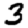
Digit: 3